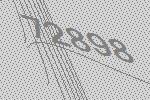
72898